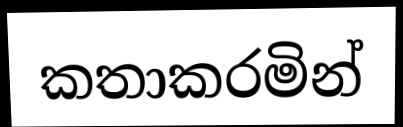
කතාකරමින්